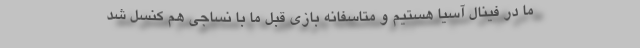
ما در فینال آسیا هستیم و متاسفانه بازی قبل ما با نساجی هم کنسل شد